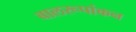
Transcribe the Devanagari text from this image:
बालरूपांकन